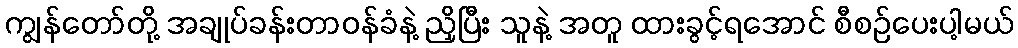
ကျွန်တော်တို့ အချုပ်ခန်းတာဝန်ခံနဲ့ ညှိပြီး သူနဲ့ အတူ ထားခွင့်ရအောင် စီစဉ်ပေးပါ့မယ်